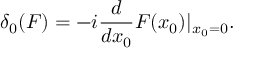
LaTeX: \delta _ { 0 } ( F ) = - i { \frac { d } { d x _ { 0 } } } F ( x _ { 0 } ) \vert _ { x _ { 0 } = 0 } .